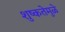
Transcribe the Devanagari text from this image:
शुष्कतेमुळे